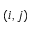
\left( i , j \right)